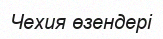
Чехия өзендері